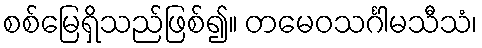
စစ်မြေရှိသည်ဖြစ်၍။ တမေဝသင်္ဂါမသီသံ၊